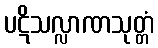
ပဋိသလ္လာဏသုတ္တံ